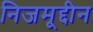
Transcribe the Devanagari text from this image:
निजमूद्दीन